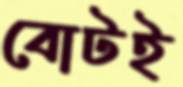
বোটই